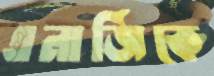
এনার্জিকে